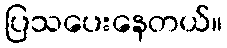
ပြသပေးနေတယ်။